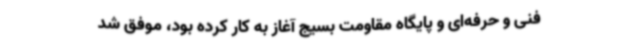
فنی و حرفه‌ای و پایگاه مقاومت بسیج آغاز به کار کرده بود، موفق شد